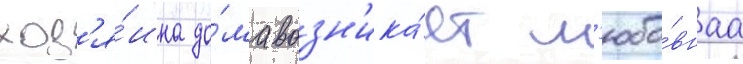
хоз'я́ина до́ма возн'ика́ет л'юбо́внаа